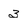
Character: 3